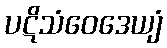
ပဋိသံဝေဒေယျံ